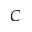
C